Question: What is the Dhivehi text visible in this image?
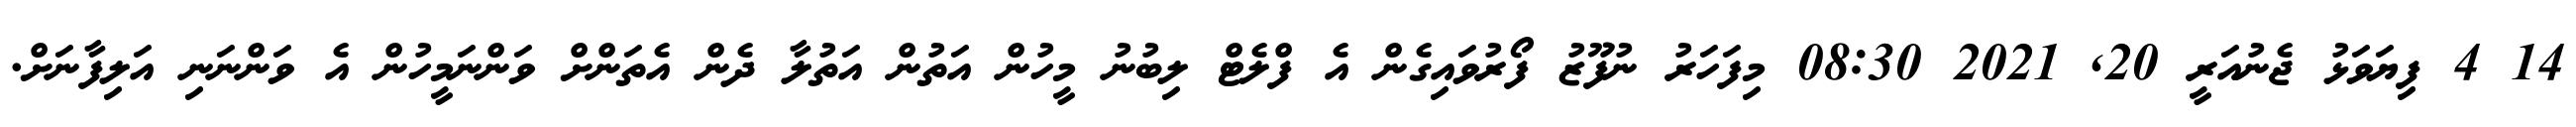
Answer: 14 4 ފިޔަވަޅު ޖެނުއަރީ 20, 2021 08:30 މިފަހަރު ނުފޫޒު ފޯރުވައިގެން އެ ފްލެޓް ލިބުނު މީހުން އަތުން އަތުލާ ދެން އެތަންށް ވަންނަމީހުން އެ ވަންނަނި އަލިފާނަށް.